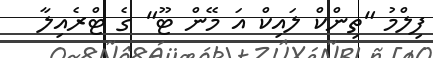
ފިލްމު "ތިންކް ލައިކް އަ މޭން ޓޫ" ގެ ޓްރެއިލާ